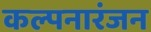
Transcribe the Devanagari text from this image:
कल्पनारंजन